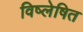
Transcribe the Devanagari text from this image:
विष्लेषित